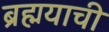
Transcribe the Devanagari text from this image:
ब्रह्मयाची